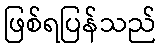
ဖြစ်ရပြန်သည်